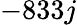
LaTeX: -833j